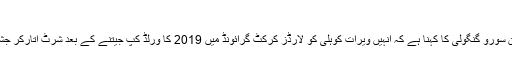
جان کر آپ بھی حیران رہ جائیں گے
ممبئی (ویب ڈیسک)سابق بھارتی کپتان سورو گنگولی کا کہنا ہے کہ انہیں ویرات کوہلی کو لارڈز کرکٹ گرائونڈ میں 2019 کا ورلڈ کپ جیتنے کے بعد شرٹ اتارکر جشن مناتے دیکھ کر حیرانی نہیں ہوگی ۔